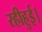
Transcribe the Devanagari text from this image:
रहीहुई।